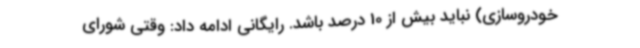
خودروسازی) نباید بیش از 10 درصد باشد. رایگانی ادامه داد: وقتی شورای